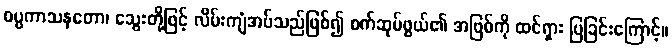
ဝပ္ပကာသနတော၊ သွေးတို့ဖြင့် လိမ်းကျံအပ်သည်ဖြစ်၍ စက်ဆုပ်ဖွယ်၏ အဖြစ်ကို ထင်ရှား ပြခြင်းကြောင့်။